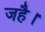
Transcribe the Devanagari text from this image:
जहै।